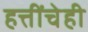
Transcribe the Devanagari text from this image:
हत्तींचेही